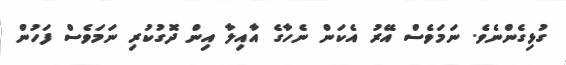
ގުޅިގެންނެވެ. ނަމަވެސް އޭރު އެކަން ނެހާގެ އާއިލާ އިން ދޮގުކުރި ނަމަވެސް ފަހުން